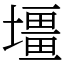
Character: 壃